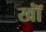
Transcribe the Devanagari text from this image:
खॉं